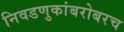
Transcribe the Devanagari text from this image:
निवडणुकांबरोबरच